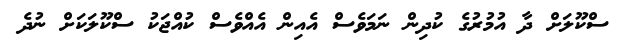
ސްކޫލަށް ދާ އުމުރުގެ ކުދިން ނަމަވެސް އެއިން އެއްވެސް ކުއްޖަކު ސްކޫލަކަށް ނުދެ